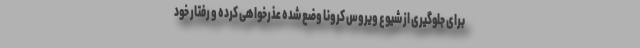
برای جلوگیری از شیوع ویروس کرونا وضع شده عذرخواهی کرده و رفتار خود